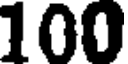
100